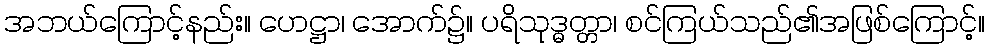
အဘယ်ကြောင့်နည်း။ ဟေဋ္ဌာ၊ အောက်၌။ ပရိသုဒ္ဓတ္တာ၊ စင်ကြယ်သည်၏အဖြစ်ကြောင့်။